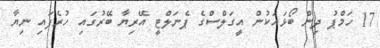
17 ހަމްޕު ދިން ބޯޅައަކުން އީގަލްސްގެ ޕެނަލްޓީ އޭރިޔާ ބޭރުގައި ހުރެފައި ނިޔާ